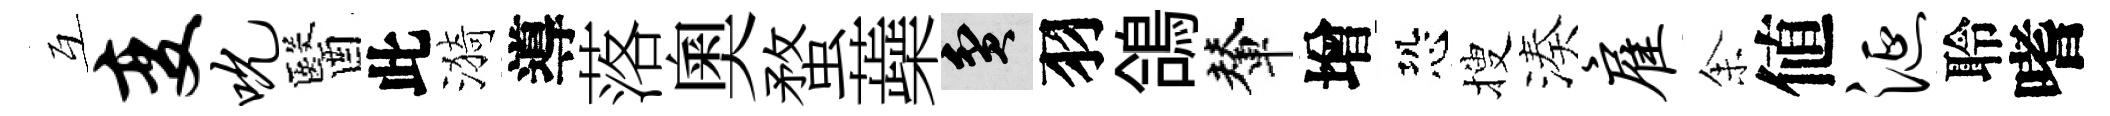
互变吮醫此漪導落奧蝥蘃貧羽鴿輦增恐搜湊雇𪜬値涎聆嗜